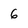
Character: 6